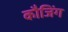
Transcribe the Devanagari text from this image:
कौजिंग